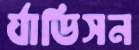
র‍্যাডিসন